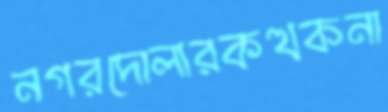
নগরদোলারকত্থকনা